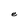
Character: e